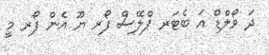
ދަ ވޯލްޑް އަ ބެޓަރ ޕްލޭސް ފޯރ ޔޫ އެން ފޯރ މީ